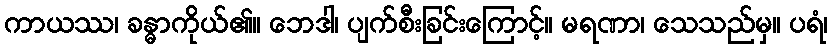
ကာယဿ၊ ခန္ဓာကိုယ်၏။ ဘေဒါ၊ ပျက်စီးခြင်းကြောင့်။ မရဏာ၊ သေသည်မှ။ ပရံ၊